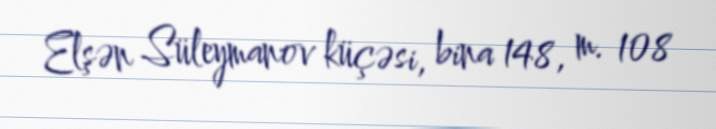
Elşən Süleymanov küçəsi, bina 148, m. 108